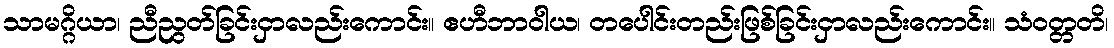
သာမဂ္ဂိယာ၊ ညီညွတ်ခြင်းငှာလည်းကောင်း။ ဧဟီဘာဝါယ၊ တပေါင်းတည်းဖြစ်ခြင်းငှာလည်းကောင်း။ သံဝတ္တတိ၊